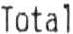
TOTAL